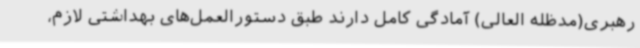
رهبری(مدظله العالی) آمادگی کامل دارند طبق دستورالعمل‌های بهداشتی لازم،